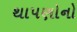
થાપણોનો